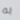
به